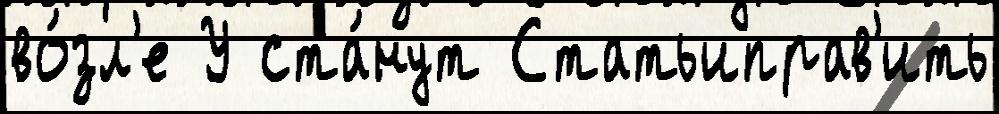
во́зл'е У ста́нут Статьиправ'ить